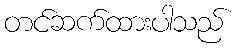
တင်ဆက်ထားပါသည်